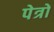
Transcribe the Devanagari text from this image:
पेत्रों